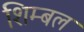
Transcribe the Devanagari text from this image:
शिम्बल